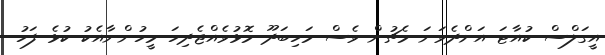
އީގަލްސް ކުއާޓަ އަށްދެވަނަ މެޗުން ވެސް މަހިބަދޫ މޮޅުވެއްޖެދިހަ މީހުންނާއެކު ކުޅެ ފަހު